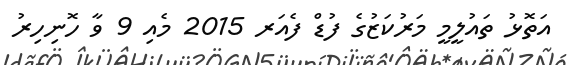
އަތޮޅު ތައުލީމީ މަރުކަޒުގެ ފުޑް ފެއަރ 2015 މެއި 9 ވާ ހޮނިހިރު